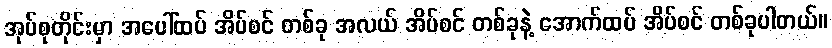
အုပ်စုတိုင်းမှာ အပေါ်ထပ် အိပ်စင် တစ်ခု အလယ် အိပ်စင် တစ်ခုနဲ့ အောက်ထပ် အိပ်စင် တစ်ခုပါတယ်။